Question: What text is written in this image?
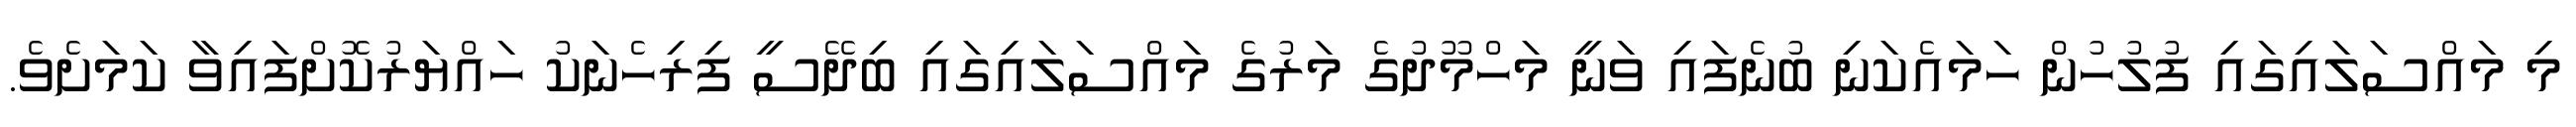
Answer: މި މައްސަލައިގައި ފުލުހުން ހަމައެކަނި ބުނެފައި ވަނީ މަހްމޫދުގެ މަރުގެ މައްސަލައިގައި ބިދޭސީ ފިރިހެނަކު ހައްޔަރުކޮށްފައިވާ ކަމަށެވެ.